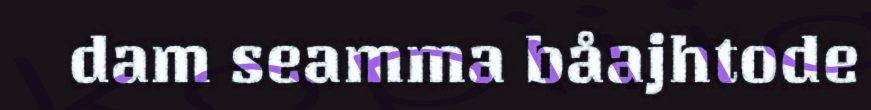
dam seamma båajhtode